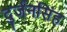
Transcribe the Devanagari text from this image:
दुर्जनसिंह